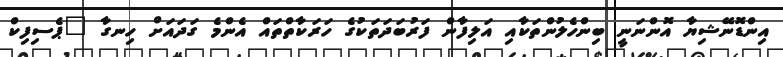
އިންޑޮނޭޝިޔާ އޮންނަނީ ބިންހެލުންތަކާއި އަލިފާން ފަރުބަދަތަކުގެ ހަރަކާތްތައް އެންމެ ގަދައަށް ހިނގާ "ޕެސިފިކް